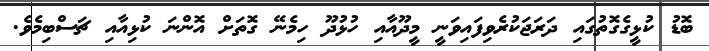
ބޮޑު ކުޅީގެގޮތުގައި ދަރަޖަކުރެވިފައިވަނީ މީދޫއާއި ހުޅުދޫ ހިމެނޭ ގޮތަށް އޮންނަ ކުޅިއާއި ޗަސްބިމެވެ.